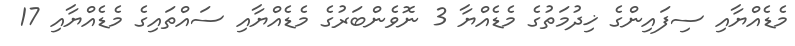
މެޑެއްޔާއި ސިފައިންގެ ޚިދުމަތުގެ މެޑެއްޔާ 3 ނޮވެންބަރުގެ މެޑެއްޔާއި ސައްތައިގެ މެޑެއްޔާއި 17